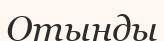
Отынды